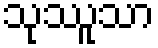
သုဿူသာ